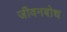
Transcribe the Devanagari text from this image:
जीवनबोध